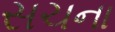
સચના